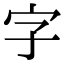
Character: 字